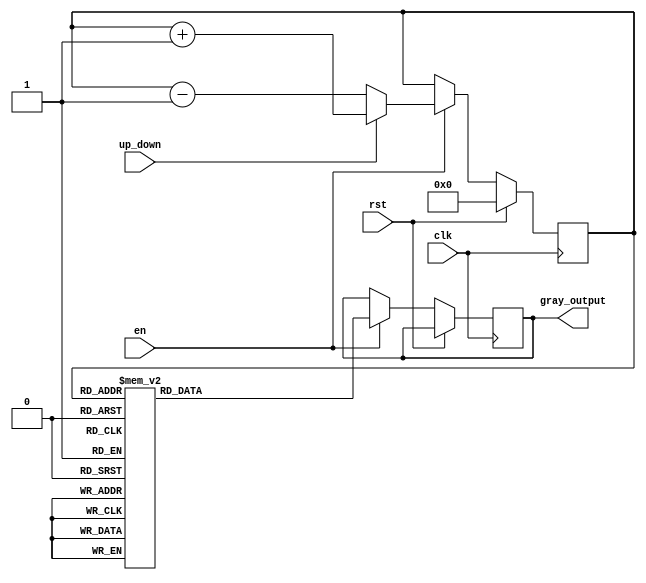
module gray_counter (
    input wire clk,
    input wire rst,
    input wire en,
    input wire up_down,
    output reg [3:0] gray_output
);

reg [3:0] q, q_next;

always @(posedge clk) begin
    if (rst) begin
        q <= 4'b0000;
    end else if (en) begin
        if (up_down) begin  // Increment
            q_next = q + 1;
        end else begin  // Decrement
            q_next = q - 1;
        end
        
        // Gray code conversion
        case(q)
            4'b0000: gray_output = 4'b0000;
            4'b0001: gray_output = 4'b0001;
            4'b0010: gray_output = 4'b0011;
            4'b0011: gray_output = 4'b0010;
            4'b0100: gray_output = 4'b0110;
            4'b0101: gray_output = 4'b0111;
            4'b0110: gray_output = 4'b0111;
            4'b0111: gray_output = 4'b0110;
            4'b1000: gray_output = 4'b1110;
            4'b1001: gray_output = 4'b1111;
            4'b1010: gray_output = 4'b1101;
            4'b1011: gray_output = 4'b1100;
            4'b1100: gray_output = 4'b1110;
            4'b1101: gray_output = 4'b1111;
            4'b1110: gray_output = 4'b1011;
            4'b1111: gray_output = 4'b1010;
            default: gray_output = 4'b0000;
        endcase
        
        q <= q_next;
    end
end

endmodule